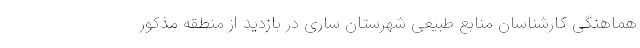
هماهنگی کارشناسان منابع طبیعی شهرستان ساری در بازدید از منطقه مذکور